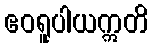
ဧဝရူပါယဣတိ